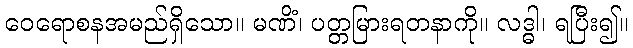
ဝေရောစနအမည်ရှိသော။ မဏိံ၊ ပတ္တမြားရတနာကို။ လဒ္ဓါ၊ ရပြီး၍။